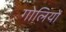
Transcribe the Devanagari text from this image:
गोलियोँ